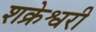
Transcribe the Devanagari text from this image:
शक्रेश्वरी